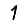
Digit: 1